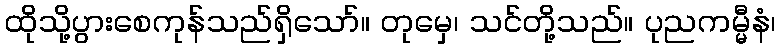
ထိုသို့ပွားစေကုန်သည်ရှိသော်။ တုမှေ၊ သင်တို့သည်။ ပုညကမ္မီနံ၊